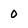
Character: 0